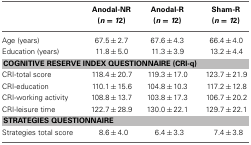
|  | Anodal-NR (n = 12) | Anodal-R (n = 12) | Sham-R (n = 12) |
 | --- | --- | --- | --- |
 | Age (years) | 67.5±2.7 | 67.6±4.3 | 66.4±4.0 |
 | Education (years) | 11.8±5.0 | 11.3±3.9 | 13.2±4.4 |
 | <COLSPAN=4> COGNITIVE RESERVE INDEX QUESTIONNAIRE (CRI-q) |
 | CRI-total score | 118.4±20.7 | 119.3±17.0 | 123.7±21.9 |
 | CRI-education | 110.1±15.6 | 104.8±10.3 | 117.2±12.8 |
 | CRI-working activity | 108.8±13.7 | 103.8±17.3 | 106.7±20.2 |
 | CRI-leisure time | 122.7±28.9 | 130.0±22.1 | 129.7±22.1 |
 | <COLSPAN=4> STRATEGIES QUESTIONNAIRE |
 | Strategies total score | 8.6±4.0 | 6.4±3.3 | 7.4±3.8 |